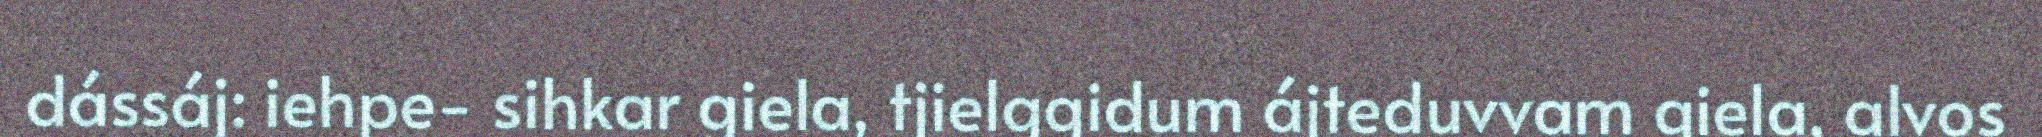
dássáj: iehpe- sihkar giela, tjielggidum ájteduvvam giela, alvos